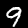
Label: 9